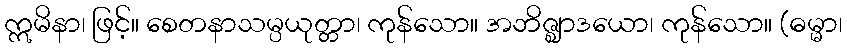
ဣမိနာ၊ ဖြင့်။ စေတနာသမ္ပယုတ္တာ၊ ကုန်သော။ အဘိဇ္ဈာဒယော၊ ကုန်သော။ (ဓမ္မာ၊